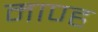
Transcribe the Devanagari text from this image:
माण्ह